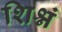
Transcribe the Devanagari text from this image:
शिश्नं